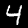
Digit: 4